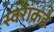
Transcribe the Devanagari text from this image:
स्वरांकडे